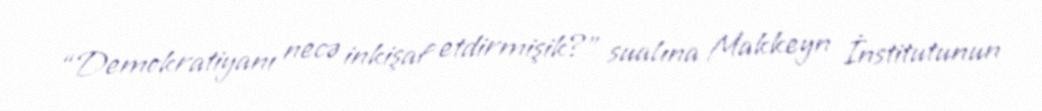
“Demokratiyanı necə inkişaf etdirmişik?” sualına Makkeyn İnstitutunun